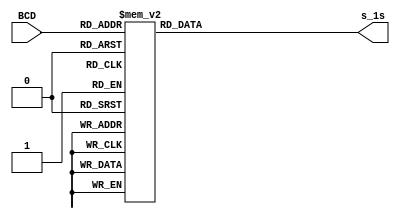
module bcd_to_7seg (input [3:0] BCD, output reg [7:0] s_1s);

always @ (BCD)
begin
      
    case (BCD)
    0: s_1s = 8'b10001000; //active low outputs
    1: s_1s = 8'b11101101; //s6 s5 s4 ... s0
    2: s_1s = 8'b10100010;
    3: s_1s = 8'b10100100; //display 3 on 7-seg
    4: s_1s = 8'b11000101; //display 4 on 7-seg
    5: s_1s = 8'b10010100; //display 5 on 7-seg
    6: s_1s = 8'b10010000; //and so on...
    7: s_1s = 8'b10101101;
    8: s_1s = 8'b10000000;
    9: s_1s = 8'b10000100;
    default: s_1s = 8'b01111111;
    endcase
    
end
endmodule